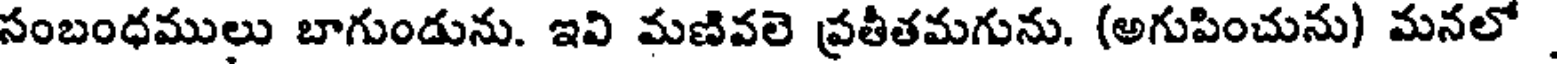
సంబంధములు బాగుండును. ఇవి మణివలె ప్రతీతమగును. (అగుపించును) మనలో